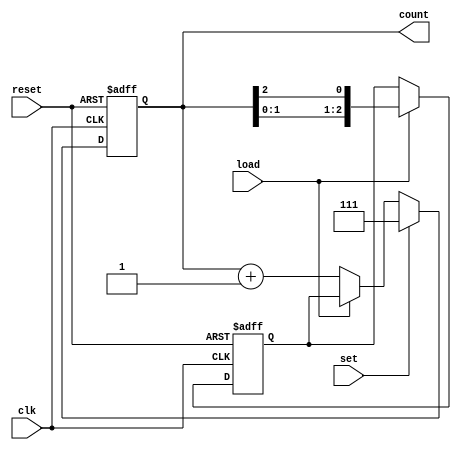
module counter3bit (
    input clk,
    input reset,
    input set,
    input load,
    output reg [2:0] count
);

    reg [2:0] next_count;

    always @(posedge clk or posedge reset) begin
        if (reset) begin
            count <= 3'b000;
        end else if (set) begin
            count <= 3'b111; 
        end else if (load) begin
            count <= next_count; 
        end else begin
            count <= count + 1;
        end
    end

    always @(posedge clk or posedge reset) begin
        if (reset) begin
            next_count <= 3'b000;
        end else if (load) begin
            next_count <= {count[1:0], count[2]};
        end
    end

endmodule